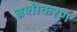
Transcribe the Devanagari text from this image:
ब्रशीकरण